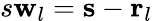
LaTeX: s\mathbf{w}_{l}=\mathbf{s}-\mathbf{r}_{l}